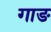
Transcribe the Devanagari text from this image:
गाङ